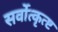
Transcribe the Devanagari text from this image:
सर्वोत्कृत्ष्ट